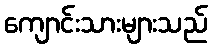
ကျောင်းသားများသည်